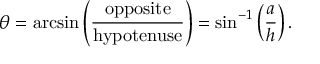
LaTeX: \theta = \arcsin \left( { \frac { \mathrm { o p p o s i t e } } { \mathrm { h y p o t e n u s e } } } \right) = \sin ^ { - 1 } \left( { \frac { a } { h } } \right) .